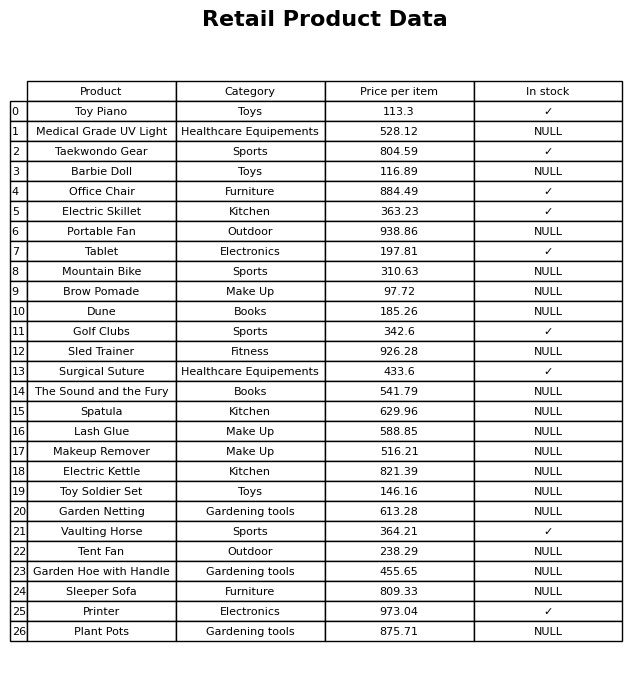
question: Which products are available in stock?
answer: Toy Piano, Taekwondo Gear, Office Chair, Electric Skillet, Tablet, Golf Clubs, Surgical Suture, Vaulting Horse, Printer